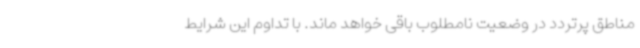
مناطق پرتردد در وضعیت نامطلوب باقی خواهد ماند. با تداوم این شرایط